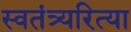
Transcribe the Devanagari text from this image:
स्वतंत्र्यरित्या